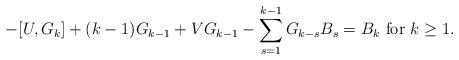
LaTeX: \begin{align*} -[U,G_{k}]+(k-1)G_{k-1}+VG_{k-1}-\sum_{s=1}^{k-1}G_{k-s}B_{s}=B_{k}\,\,\mathrm{for}\,\,k\geq 1. \end{align*}